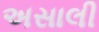
અસાલી